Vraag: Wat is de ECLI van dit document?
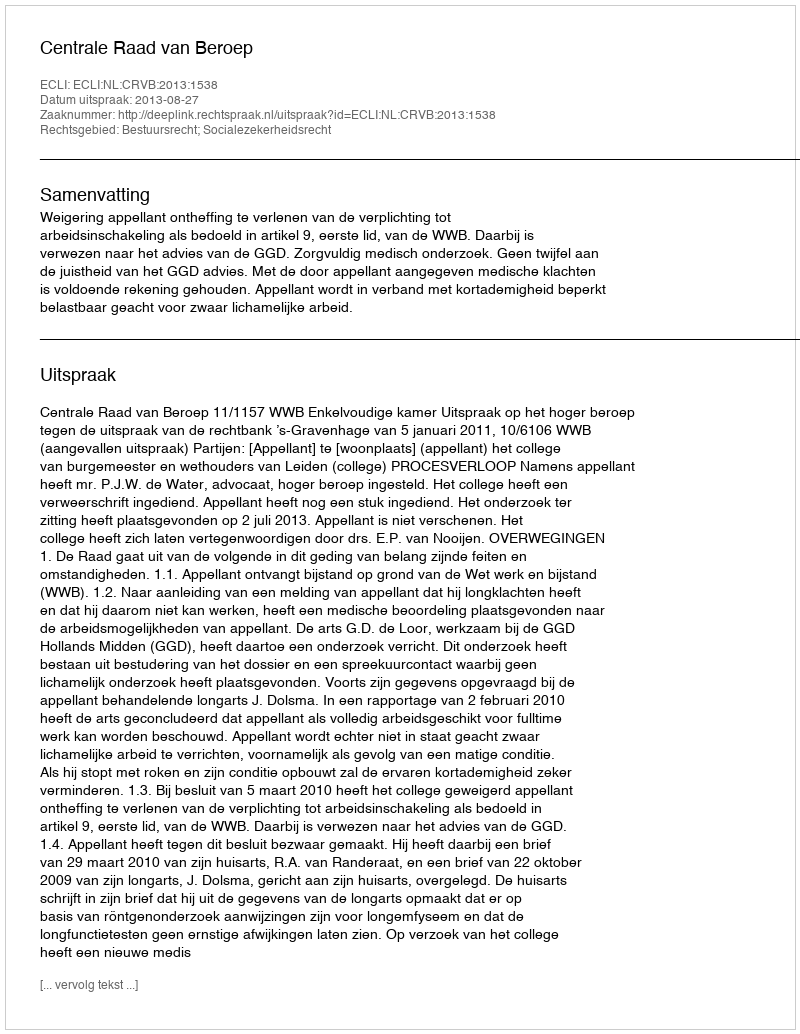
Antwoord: ECLI:NL:CRVB:2013:1538